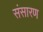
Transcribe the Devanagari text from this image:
संसारण